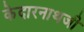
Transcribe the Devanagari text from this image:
केदारनाथजी